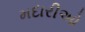
મદારીઓ